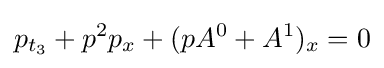
p_{t_{3}}+p^{2}p_{x}+(pA^{0}+A^{1})_{x}=0